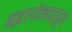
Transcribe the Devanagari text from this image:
ब्रह्मलोकापासून